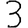
Digit: 3